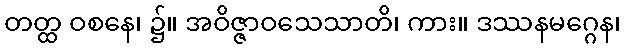
တတ္ထ ဝစနေ၊ ၌။ အဝိဇ္ဇာဝသေသာတိ၊ ကား။ ဒဿနမဂ္ဂေန၊